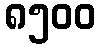
၈၅၀၀